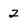
Character: 2